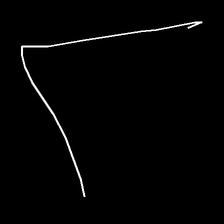
Glyph: region